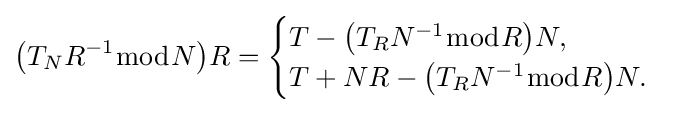
{\bigl (}T_{N}R^{-1}{\bmod {N}}{\bigr )}R={\begin{cases}T-{\bigl (}T_{R}N^{-1}{\bmod {R}}{\bigr )}N,\\T+NR-{\bigl (}T_{R}N^{-1}{\bmod {R}}{\bigr )}N.\end{cases}}